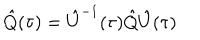
\hat { Q } ( \tau ) = \hat { U } ^ { - 1 } ( \tau ) \hat { Q } \hat { U } ( \tau )